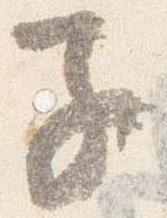
子